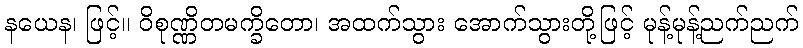
နယေန၊ ဖြင့်။ ဝိစုဏ္ဏိတမက္ခိတော၊ အထက်သွား အောက်သွားတို့ဖြင့် မုန့်မုန့်ညက်ညက်